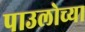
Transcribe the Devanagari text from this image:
पाउलोच्या